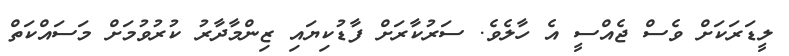
ލީޑަރަކަށް ވެސް ޖެއްސީ އެ ހާލެވެ. ސަރުކާރަށް ފާޑުކިޔައި ޒިންމާދާރު ކުރުވުމަށް މަސައްކަތް